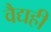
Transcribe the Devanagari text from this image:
वैद्यही